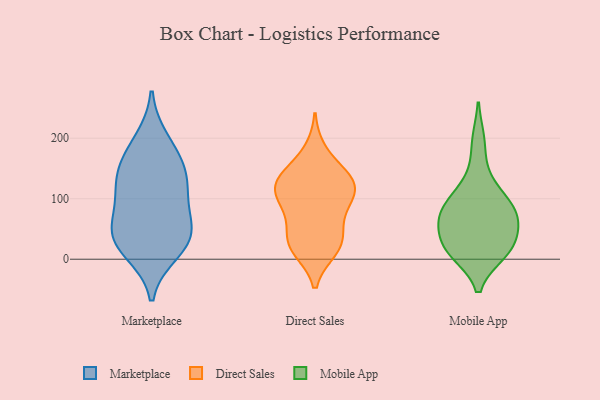
{"axis": {"x": "Conversion Rate (%)", "y": "Value"}, "legend": ["Direct Sales", "Marketplace", "Mobile App"], "data": [{"x": "", "y": 96, "type": "Marketplace"}, {"x": "", "y": 119, "type": "Marketplace"}, {"x": "", "y": 13, "type": "Marketplace"}, {"x": "", "y": 32, "type": "Marketplace"}, {"x": "", "y": 49, "type": "Marketplace"}, {"x": "", "y": 122, "type": "Marketplace"}, {"x": "", "y": 158, "type": "Marketplace"}, {"x": "", "y": 159, "type": "Marketplace"}, {"x": "", "y": 196, "type": "Marketplace"}, {"x": "", "y": 50, "type": "Marketplace"}, {"x": "", "y": 33, "type": "Marketplace"}, {"x": "", "y": 124, "type": "Direct Sales"}, {"x": "", "y": 97, "type": "Direct Sales"}, {"x": "", "y": 127, "type": "Direct Sales"}, {"x": "", "y": 24, "type": "Direct Sales"}, {"x": "", "y": 83, "type": "Direct Sales"}, {"x": "", "y": 116, "type": "Direct Sales"}, {"x": "", "y": 124, "type": "Direct Sales"}, {"x": "", "y": 35, "type": "Direct Sales"}, {"x": "", "y": 129, "type": "Direct Sales"}, {"x": "", "y": 46, "type": "Direct Sales"}, {"x": "", "y": 178, "type": "Direct Sales"}, {"x": "", "y": 145, "type": "Direct Sales"}, {"x": "", "y": 18, "type": "Direct Sales"}, {"x": "", "y": 86, "type": "Direct Sales"}, {"x": "", "y": 16, "type": "Direct Sales"}, {"x": "", "y": 11, "type": "Mobile App"}, {"x": "", "y": 194, "type": "Mobile App"}, {"x": "", "y": 73, "type": "Mobile App"}, {"x": "", "y": 24, "type": "Mobile App"}, {"x": "", "y": 88, "type": "Mobile App"}, {"x": "", "y": 130, "type": "Mobile App"}, {"x": "", "y": 64, "type": "Mobile App"}, {"x": "", "y": 71, "type": "Mobile App"}, {"x": "", "y": 71, "type": "Mobile App"}, {"x": "", "y": 31, "type": "Mobile App"}, {"x": "", "y": 101, "type": "Mobile App"}, {"x": "", "y": 12, "type": "Mobile App"}, {"x": "", "y": 16, "type": "Mobile App"}]}